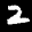
Label: 2